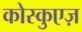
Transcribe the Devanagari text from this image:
कोस्कुएज़